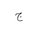
Letter: _gim